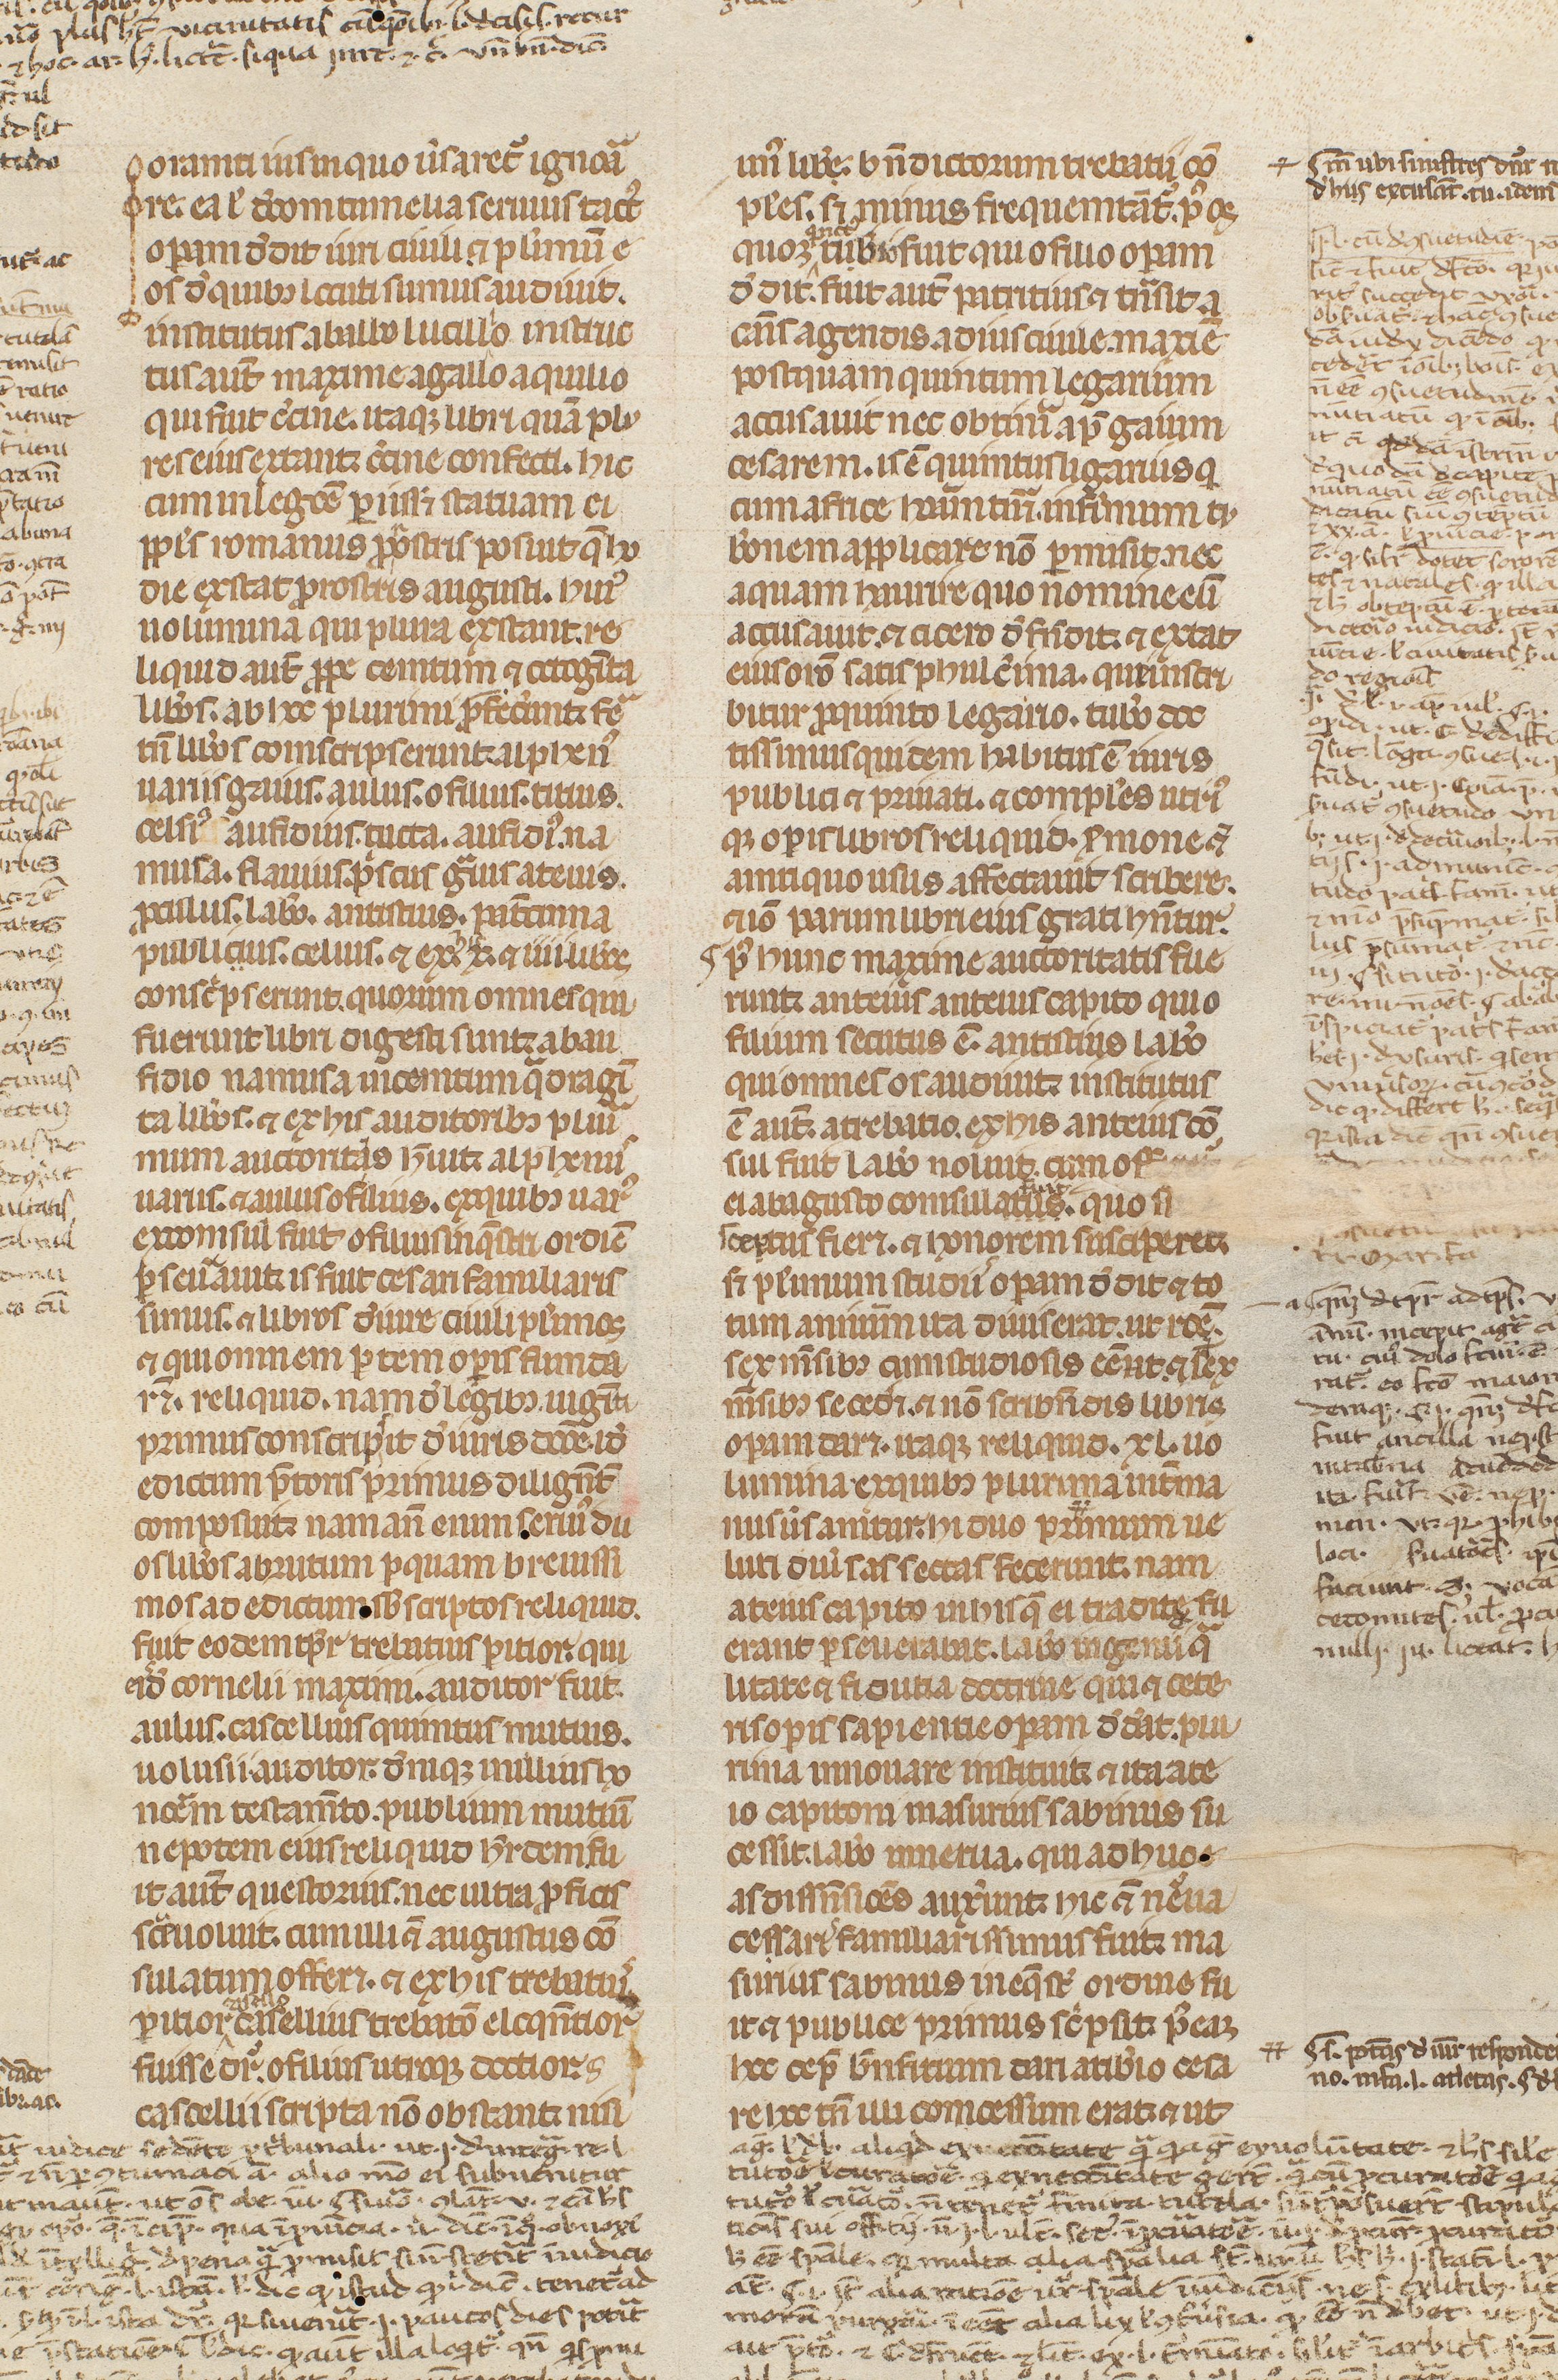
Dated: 1300–1399